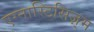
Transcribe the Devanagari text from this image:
एग्नास्टिसिज़्म